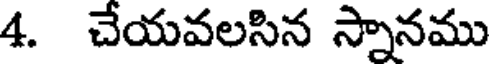
4. చేయవలసిన స్నానము